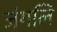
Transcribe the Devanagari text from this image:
जंगलि